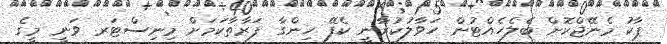
ޕާކު މެނޭޖްކޮށް ބެލެހެއްޓުން ހަވާލުކުރާނީ ކެފޭ ހިންގާ ފަރާތާކަމަށް މިނިސްޓަރ ވަނީ މީގެ